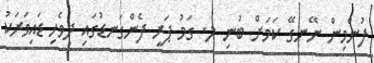
ފުންމިން ނޭނގޭ ކަމަށް ބުނި ލ. ގަމު ޕަރީ ފެންގަނޑުގައި ދިވެހި ޑައިވަރަކު